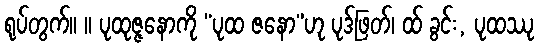
ရုပ်တွက်။ ။ ပုထုဇ္ဇနောကို “ပုထ ဇနော”ဟု ပုဒ်ဖြတ်၊ ထ် ခွင်း, ပုထဿု